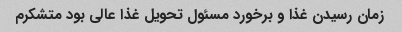
زمان رسیدن غذا و برخورد مسئول تحویل غذا عالی بود متشکرم